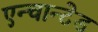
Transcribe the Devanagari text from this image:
एन्चान्टेड